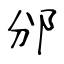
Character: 邠